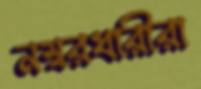
নম্বরধারীরা